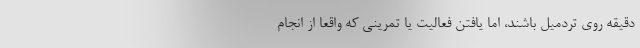
دقیقه روی تردمیل باشند، اما یافتن فعالیت یا تمرینی که واقعا از انجام